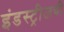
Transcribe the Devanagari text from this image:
इंडस्ट्रीजची